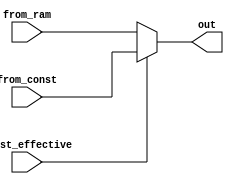
`define M     593         // M is the degree of the irreducible polynomial
`define WIDTH (2*`M-1)    // width for a GF(3^M) element
`define WIDTH_D0 1187
`define M     593         // M is the degree of the irreducible polynomial
`define WIDTH (2*`M-1)    // width for a GF(3^M) element
`define WIDTH_D0 1187
`define M     593         // M is the degree of the irreducible polynomial
`define WIDTH (2*`M-1)    // width for a GF(3^M) element
`define WIDTH_D0 1187
`define M     593         // M is the degree of the irreducible polynomial
`define WIDTH (2*`M-1)    // width for a GF(3^M) element
`define WIDTH_D0 1187
`define M     593         // M is the degree of the irreducible polynomial
`define WIDTH (2*`M-1)    // width for a GF(3^M) element
`define WIDTH_D0 1187

module muxer(from_ram, from_const, const_effective, out);
    input [`WIDTH_D0:0] from_ram, from_const;
    input const_effective;
    output [`WIDTH_D0:0] out;
    
    assign out = const_effective ? from_const : from_ram;
endmodule